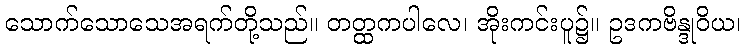
သောက်သောသေအရက်တို့သည်။ တတ္ထကပါလေ၊ အိုးကင်းပူ၌။ ဥဒကဗိန္ဒုဝိယ၊